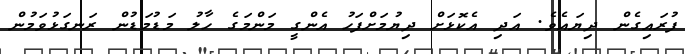
ފުރައިގެން ދިޔައެވެ. އަދި އެކޮޅަށް ދިޔުމަށްފަހު އެންގީ މަންމަގެ ހާލު މަޑުމަޑުން ރަނގަޅުވަމުން